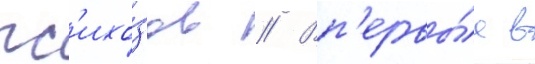
пс'ихо́зов // Вп'ервы́е в